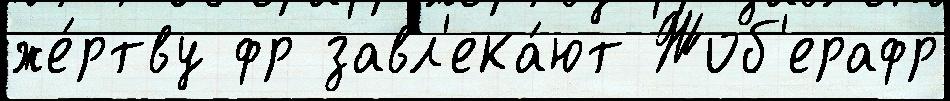
же́ртву фр завл'ека́ют Жоб'ерафр